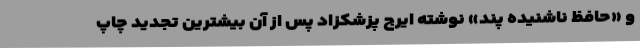
و «حافظ ناشنیده پند» نوشته‌ ایرج پزشکزاد پس از آن بیشترین تجدید چاپ